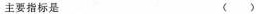
主要指标是 ( )